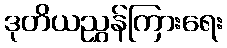
ဒုတိယညွှန်ကြားရေး